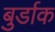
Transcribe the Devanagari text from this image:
बुर्डाक